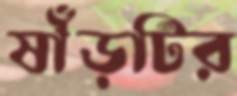
ষাঁড়টির